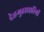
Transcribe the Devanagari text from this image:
देहगुहाधारियों